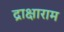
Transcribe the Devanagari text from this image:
द्राक्षाराम